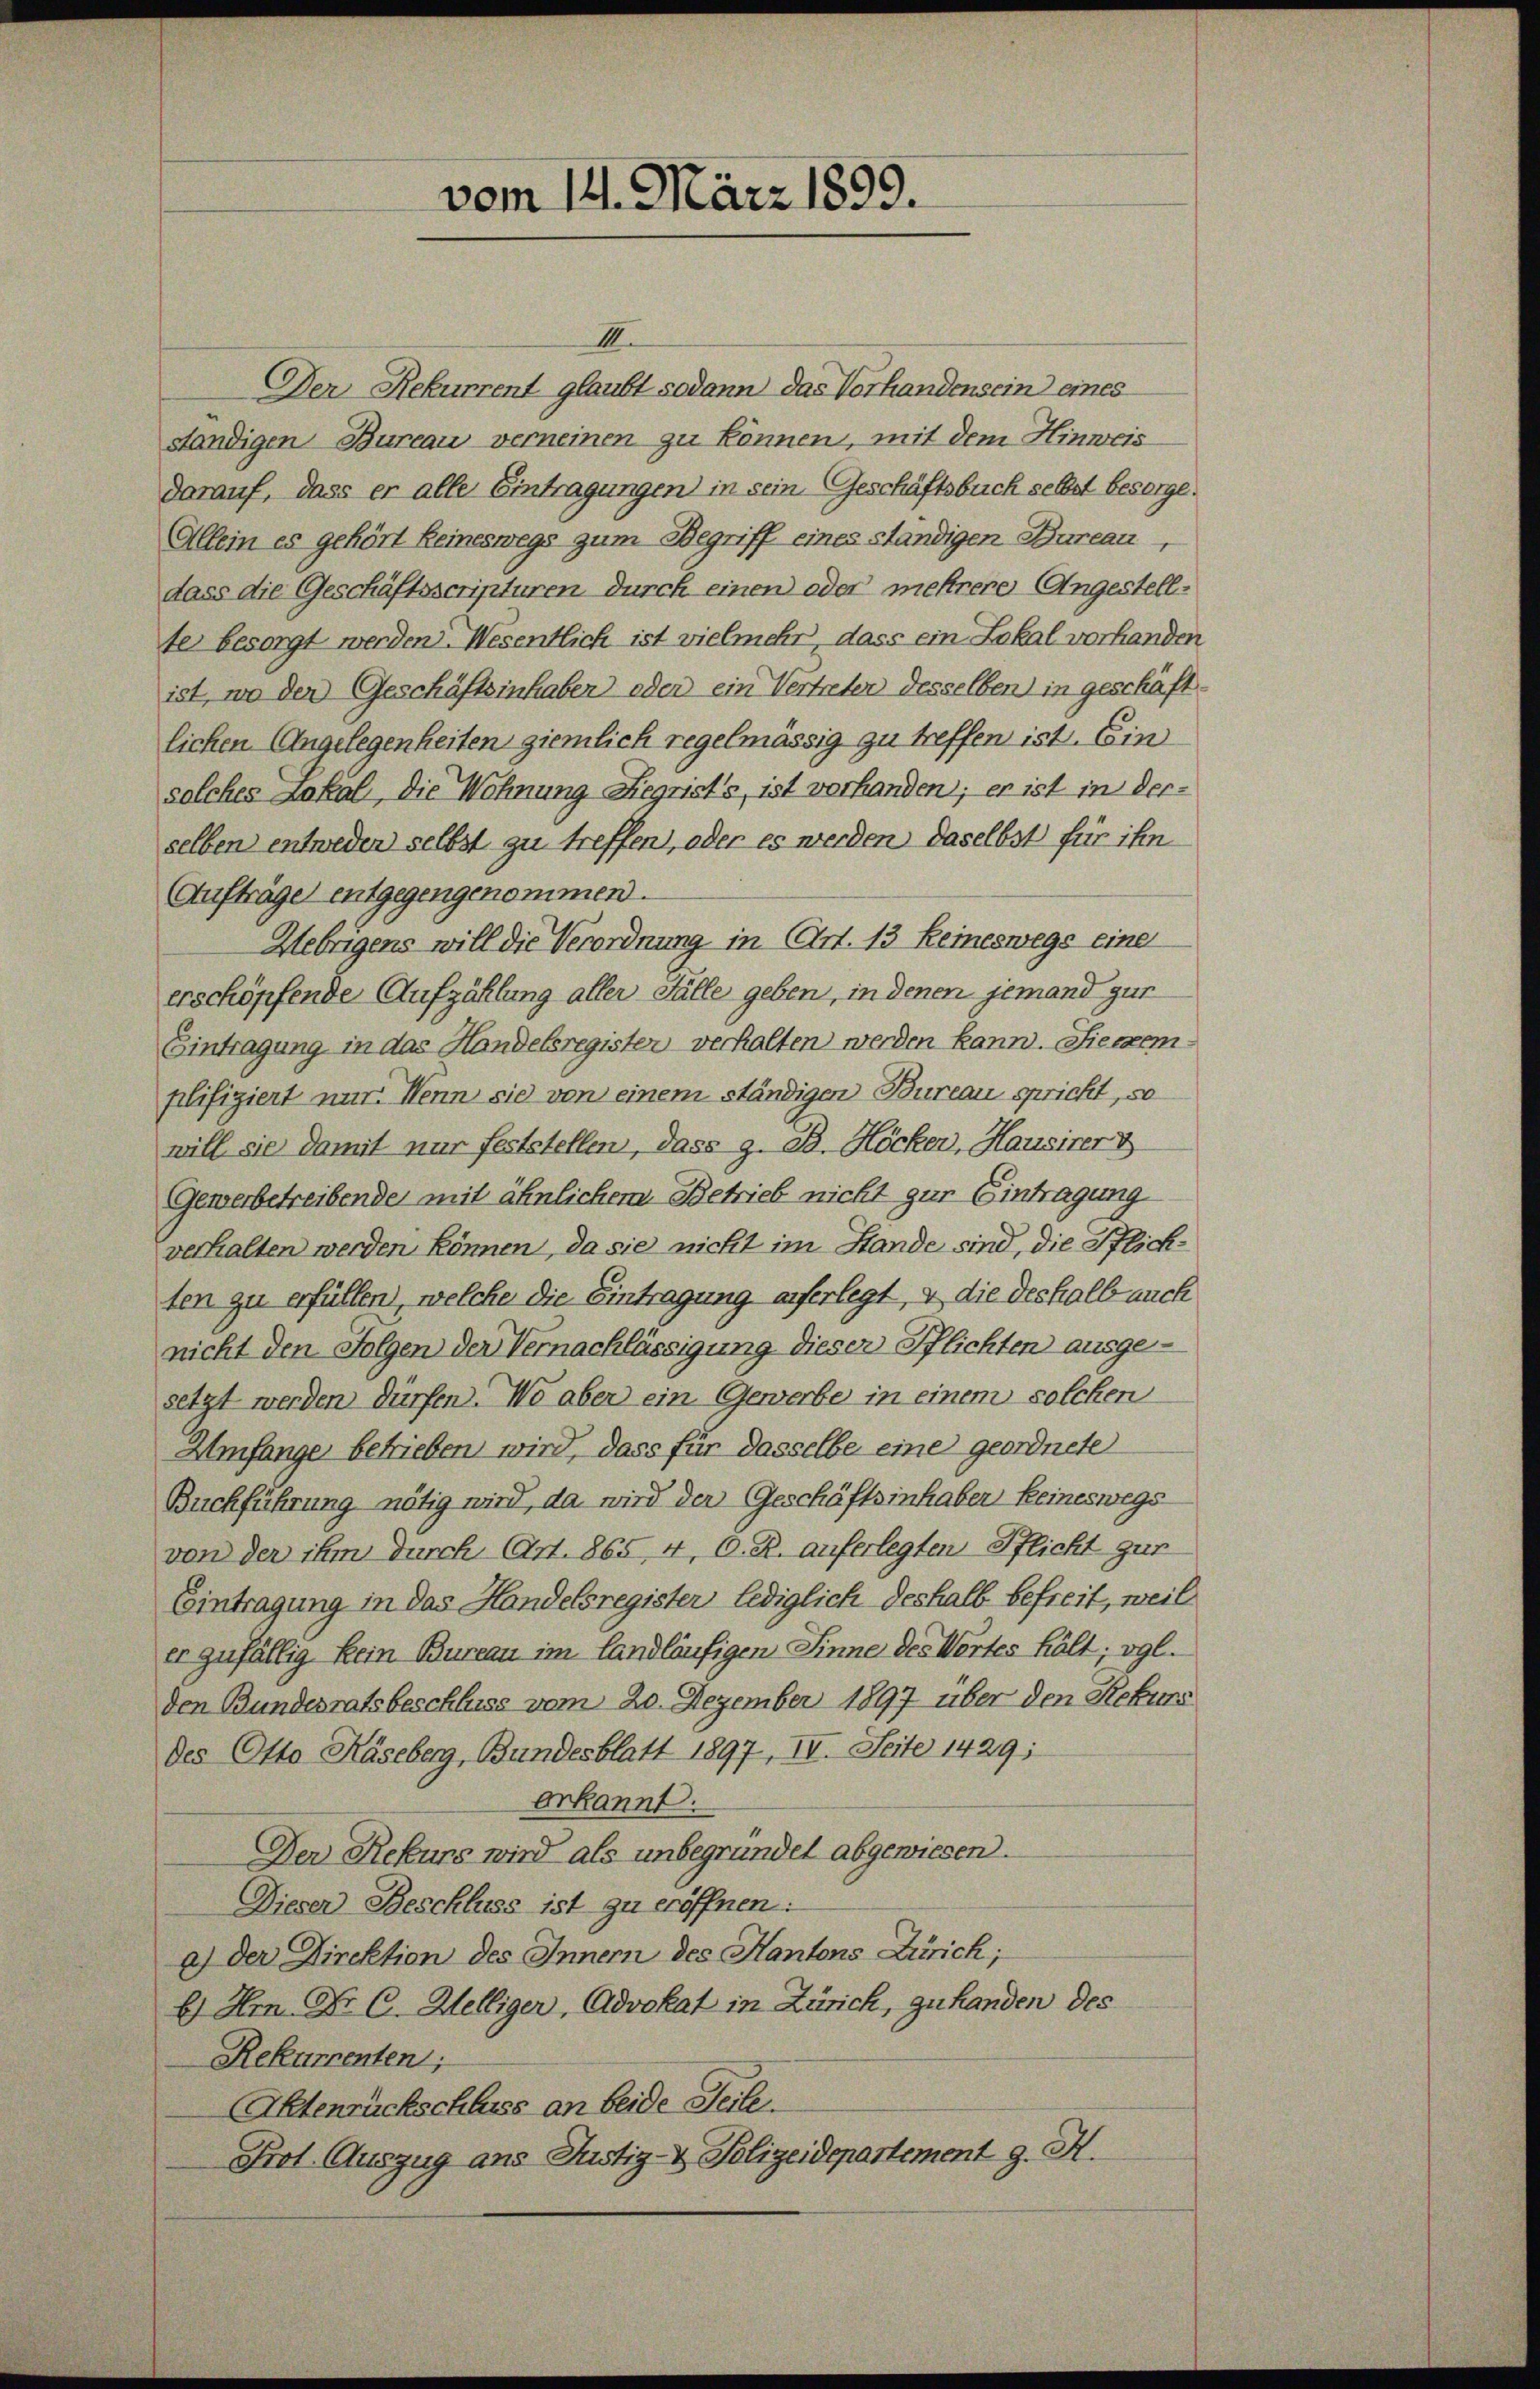
vom 14. März 1899.

II
Der Rekurrent glaubt sodann das Vorhandensein eines
ständigen Bureau verneinen zu können, mit dem Hinweis
darauf, dass er alle Eintragungen in sein Geschäftsbuch selbst besorge¬
Allein es gehört keineswegs zum Begriff eines Ständigen Bureau,
dass die Geschäftsscripturen durch einen oder mehrere Angestellter besorgt werden. Wesentlich ist vielmehr, dass ein Lokal vorhanden
ist, wo der Geschäftsinhaben oder ein Vertreter desselben) in geschäftlichen Angelegenheiten ziemlich regelmässig zu treffen ist. Ein
solches Lakal, die Wohnung Liegrist’s, ist vorhanden; er ist in derselben entweden selbst zu treffen, oder es werden daselbst für ihn
Aufträge entgegengenommen.
Uebrigens will die Verordnung in Art. 13 Keineswegs eine
erschöpfende Aufzählung aller Fälle geben, in denen jemand gut
Eintragung in das Handelsregisten verhalten werden kann. Siecemplifiziert mir. Wenn sie von einem ständigen Bureau spricht, so
will sie damit nur feststellen, dass z. B. Höcker, Hausirer
Gewerbetreibende mit ähnlichem Betrieb nicht zur Eintragung
verhalten werden können, da sie nicht im Stande sind, die Pflichten zu erfüllen, welche die Eintragung auferlegt, & die deshalb auch
nicht den Folgen der Vernachlässigung dieser Pflichten ausgesetzt werden dürfen. Wo aber ein Gewerbe in einem solchen
Amfange betrieben wird, dass für dasselbe eine geordnete
Buchführung nötig wird, da wird der Geschäftsinhaber keineswegs
von der ihm durch Art. 865, 4, C. R. auferlegten Pflicht gur
Eintragung in das Handelsregister lediglich deshalb befreit, weil
er zufällig kein Bureau im landläufigen Sinne des Wortes hält; vgl.
den Bundesratsbeschluss vom 20. Dezember 1897 über den Rekurs
des Otto Käseberg, Bundesblatt 1897, IV. Seite 1429;
erkannt.
Der Rekurs wird als unbegründet abgewiesen.
Dieser Beschluss ist zu eröffnen:
a.) Der Direktion des Innern des Kantons Zürich;
b) Hr. Dr. C. Welliger, Advokat in Zürich, zu handen des
Rekurrenten;
Aktenrückschluss an beide Seite.
Frot. Auszug ans Justiz- & Polizeidepartement J. H.